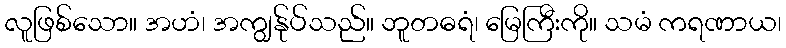
လူဖြစ်သော။ အဟံ၊ အကျွန်ုပ်သည်။ ဘူတဓရံ၊ မြေကြီးကို။ သမံ ကရဏာယ၊